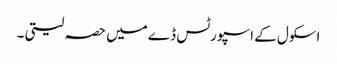
اسکول کے اسپورٹس ڈے میں حصہ لیتی ۔